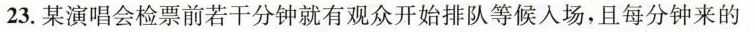
23.某演唱会检票前若干分钟就有观众开始排队等候入场，且每分钟来的